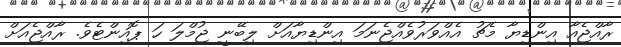
ރާއްޖެއާ އިންޑިޔާ މެޗު އެއްވަރުވެއްޖެނަމަ އިންޑިޔާއަށް ލިބޭނީ ޖުމްލަ ހަ ޕޮއިންޓެވެ. ރާއްޖެއަށް